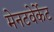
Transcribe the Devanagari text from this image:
मेनटवेर्केट